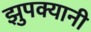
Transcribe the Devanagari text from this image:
झुपक्यानी